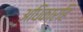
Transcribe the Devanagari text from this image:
अधिकारहि